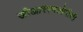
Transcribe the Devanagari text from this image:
जीआरएनओपीसी